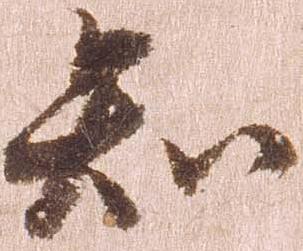
知